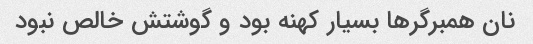
نان همبرگر‌ها بسیار کهنه بود و گوشتش خالص نبود